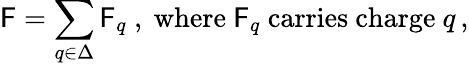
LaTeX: \mathsf{F}=\sum_{q\in\Delta}\mathsf{F}_{q}\mathrm{{~,~where~}}\mathsf{F}_{q}\mathrm{{~carries~charge~}}q\, ,